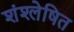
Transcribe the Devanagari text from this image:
शंश्लेषित